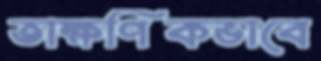
তাক্ষণিকভাবে